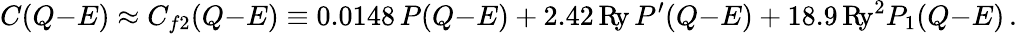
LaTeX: C(Q{-}E)\approx C_{f2}(Q{-}E)\equiv 0.0148\, P(Q{-}E)+2.42\, \mathrm{R\! y}\, P^{\prime}(Q{-}E)+18.9\, \mathrm{R\! y}^{2}P_{1}(Q{-}E)\, .